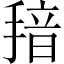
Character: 𱠞